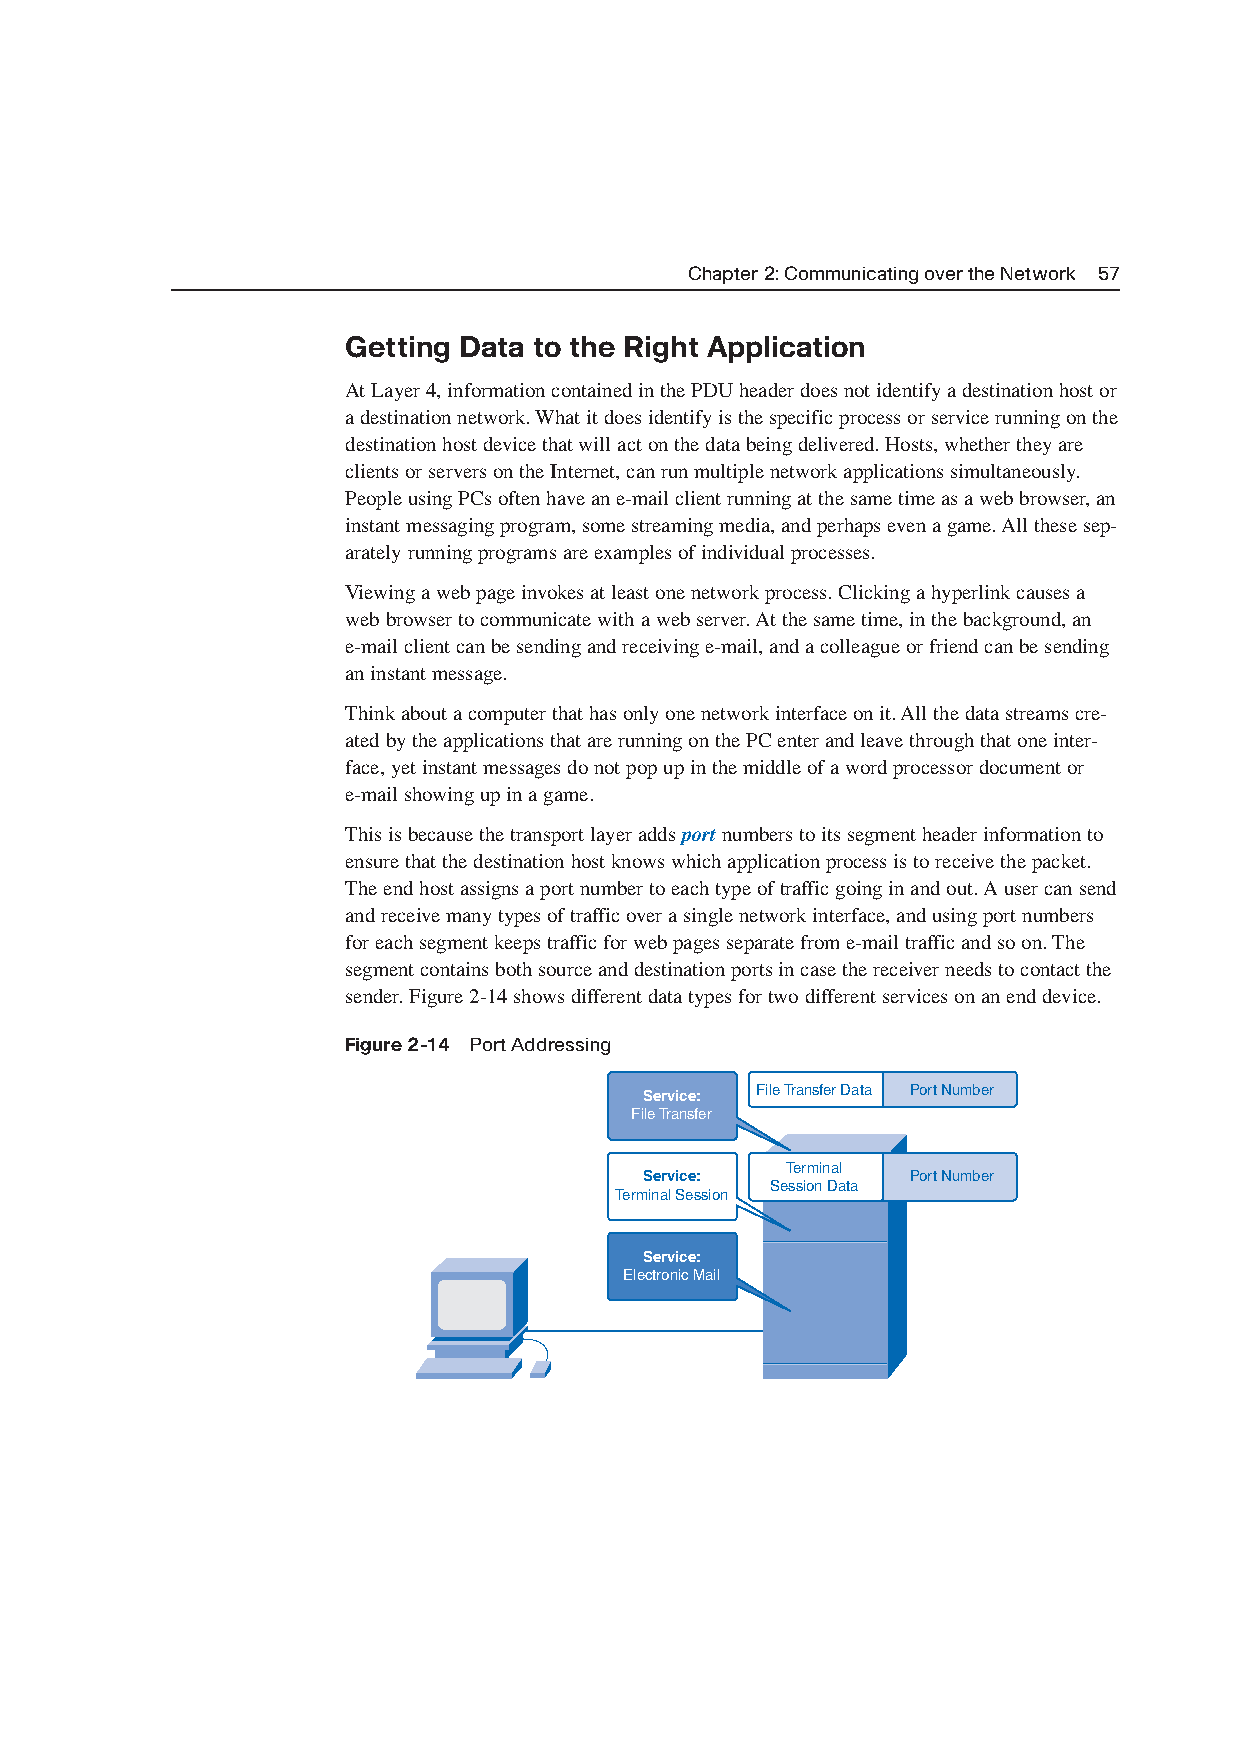
Chapter 2: Communicating over the Network 57
 Getting Data to the Right Application
 At Layer 4,information contained in the PDU header does not identify a destination host or
 a destination network. What it does identify is the specific process or service running on the
 destination host device that will act on the data being delivered. Hosts,whether they are
 clients or servers on the Internet,can run multiple network applications simultaneously.
 People using PCs often have an e-mail client running at the same time as a web browser,an
 instant messaging program,some streaming media,and perhaps even a game. All these sep-
 arately running programs are examples of individual processes.
 Viewing a web page invokes at least one network process. Clicking a hyperlink causes a
 web browser to communicate with a web server. At the same time,in the background,an
 e-mail client can be sending and receiving e-mail,and a colleague or friend can be sending
 an instant message.
 Think about a computer that has only one network interface on it. All the data streams cre-
 ated by the applications that are running on the PC enter and leave through that one inter-
 face,yet instant messages do not pop up in the middle of a word processor document or
 e-mail showing up in a game.
 This is because the transport layer adds portnumbers to its segment header information to
 ensure that the destination host knows which application process is to receive the packet.
 The end host assigns a port number to each type of traffic going in and out. A user can send
 and receive many types of traffic over a single network interface,and using port numbers
 for each segment keeps traffic for web pages separate from e-mail traffic and so on. The
 segment contains both source and destination ports in case the receiver needs to contact the
 sender. Figure 2-14 shows different data types for two different services on an end device.
 Figure 2-14 Port Addressing
 Service: File Transfer Data Port Number
 File Transfer
 Terminal
 Service:         Port Number
 Session Data
 Terminal Session
 Service:
 Electronic Mail